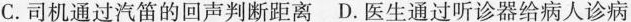
C.司机通过汽笛的回声判断距离 D.医生通过听诊器给病人诊病